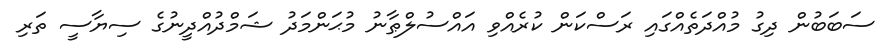
ސަބަބުން ދިގު މުއްދަތެއްގައި ރަސްކަން ކުރެއްވި އައްސުލްޠާނު މުޙަންމަދު ޝަމްދުއްދީނުގެ ސިޔާސީ ތަރި